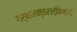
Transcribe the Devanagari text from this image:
गर्भमन्तरश्विभ्यां